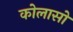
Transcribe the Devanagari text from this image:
कोलासो